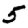
Digit: 5